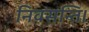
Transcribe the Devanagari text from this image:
निवसन्ति।